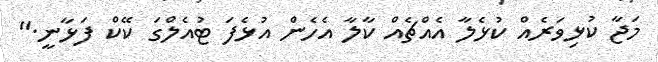
މަޖާ ކުޅިވަރެއް ކުޅެލާ އެއްޗެއް ކާލާ އެހެން އުޅެފަ ޓުއެލްގަ ކޭކް ފަޅާނީ."